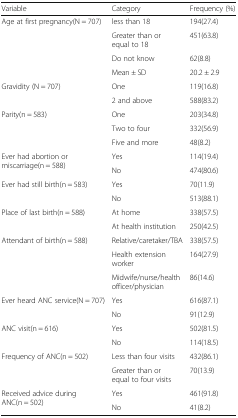
| Variable | Category | Frequency (%) |
 | --- | --- | --- |
 | <ROWSPAN=4> Age at first pregnancy(N = 707) | less than 18 | 194(27.4) |
 | Greater than or equal to 18 | 451(63.8) |
 | Do not know | 62(8.8) |
 | Mean ± SD | 20.2 ± 2.9 |
 | <ROWSPAN=2> Gravidity (N = 707) | One | 119(16.8) |
 | 2 and above | 588(83.2) |
 | <ROWSPAN=3> Parity(n = 583) | One | 203(34.8) |
 | Two to four | 332(56.9) |
 | Five and more | 48(8.2) |
 | <ROWSPAN=2> Ever had abortion or miscarriage(n = 588) | Yes | 114(19.4) |
 | No | 474(80.6) |
 | <ROWSPAN=2> Ever had still birth(n = 583) | Yes | 70(11.9) |
 | No | 513(88.1) |
 | <ROWSPAN=2> Place of last birth(n = 588) | At home | 338(57.5) |
 | At health institution | 250(42.5) |
 | <ROWSPAN=3> Attendant of birth(n = 588) | Relative/caretaker/TBA | 338(57.5) |
 | Health extension worker | 164(27.9) |
 | Midwife/nurse/health officer/physician | 86(14.6) |
 | <ROWSPAN=2> Ever heard ANC service(N = 707) | Yes | 616(87.1) |
 | No | 91(12.9) |
 | <ROWSPAN=2> ANC visit(n = 616) | Yes | 502(81.5) |
 | No | 114(18.5) |
 | <ROWSPAN=2> Frequency of ANC(n = 502) | Less than four visits | 432(86.1) |
 | Greater than or equal to four visits | 70(13.9) |
 | <ROWSPAN=2> Received advice during ANC(n = 502) | Yes | 461(91.8) |
 | No | 41(8.2) |